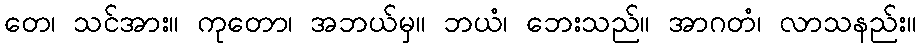
တေ၊ သင်အား။ ကုတော၊ အဘယ်မှ။ ဘယံ၊ ဘေးသည်။ အာဂတံ၊ လာသနည်း။